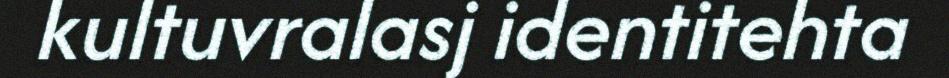
kultuvralasj identitehta